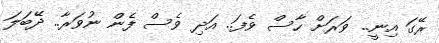
ރޭގަ އިނީ.. ވަރަށް ހާސް ވެފަ.. އަދި ވެސް ފެން ނުވަރާ.. ދޭބަލަ